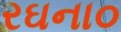
રઘના૦